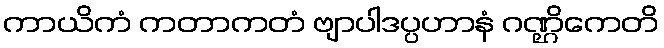
ကာယိကံ ကတာကတံ ဗျာပါဒပ္ပဟာနံ ဂဏ္ဌိကေတိ